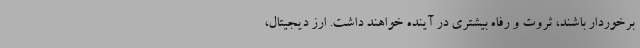
برخوردار باشند، ثروت و رفاه بیشتری در آینده خواهند داشت. ارز دیجیتال،